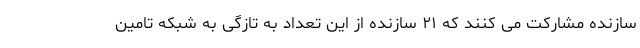
سازنده مشارکت می کنند که ۲۱ سازنده از این تعداد به تازگی به شبکه تامین